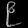
Digit: ၉